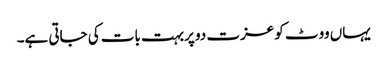
یہاں ووٹ کو عزت دو پربہت بات کی جاتی ہے۔